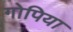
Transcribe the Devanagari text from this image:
गोपिया